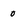
Character: 0